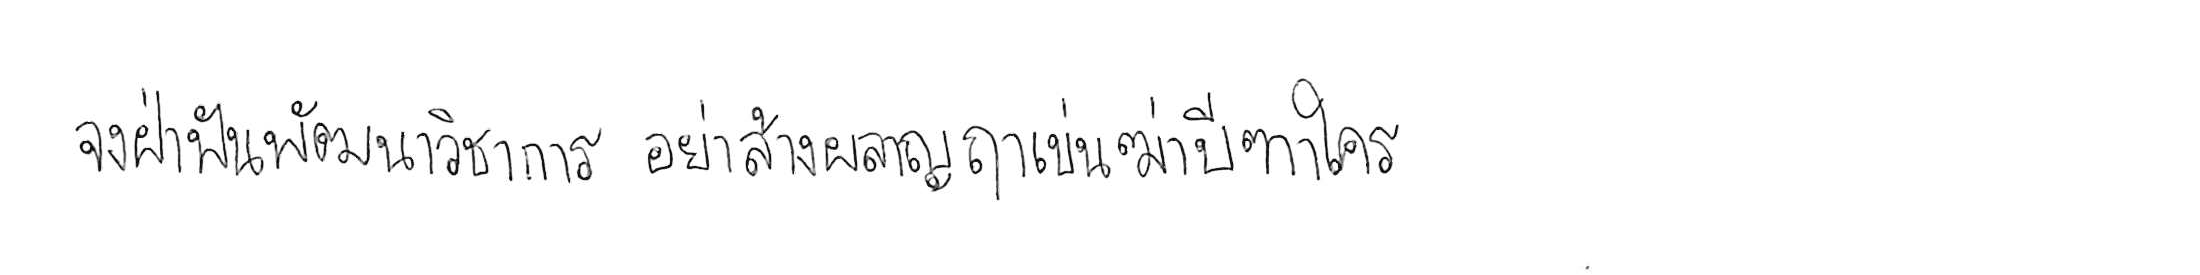
จงฝ่าฟันพัฒนาวิชาการ อย่าล้างผลาญฤๅเข่นฆ่าบีฑาใคร